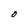
Character: O